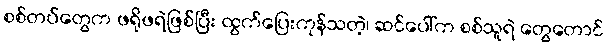
စစ်တပ်တွေက ဖရိုဖရဲဖြစ်ပြီး ထွက်ပြေးကုန်သတဲ့၊ ဆင်ပေါ်က စစ်သူရဲ တွေတောင်